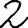
Digit: 2